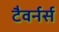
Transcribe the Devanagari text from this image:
टैवर्नर्स